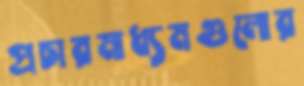
প্রচারমাধ্যমগুলোর